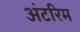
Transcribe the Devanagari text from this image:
अंटरिम